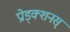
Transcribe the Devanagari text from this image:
प्रोड्क्शनस्